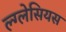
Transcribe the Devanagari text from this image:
ल्ग्लेसियस